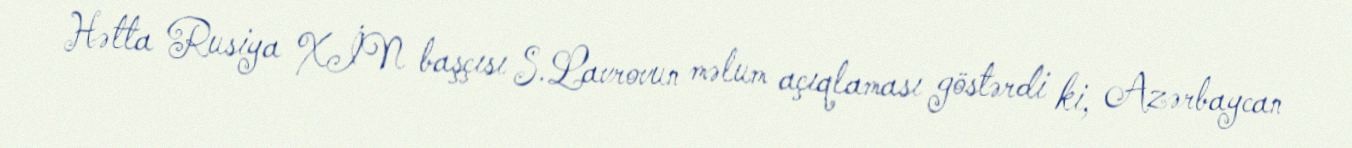
Hətta Rusiya XİN başçısı S.Lavrovun məlum açıqlaması göstərdi ki, Azərbaycan